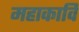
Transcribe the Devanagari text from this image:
महाकावि